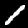
Label: 1